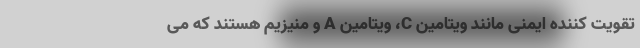
تقویت کننده ایمنی مانند ویتامین C، ویتامین A و منیزیم هستند که می